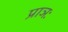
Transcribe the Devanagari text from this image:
प्राञः